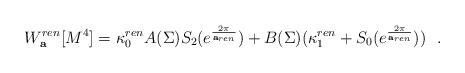
LaTeX: \begin{align*}W_{\bf a}^{ren}[M^4]=\kappa^{ren}_0 A(\Sigma ) S_2(e^{2\pi\over {\bf a}_{ren}})+B(\Sigma )(\kappa_1^{ren}+S_0(e^{2\pi\over {\bf a}_{ren}}))~~.\end{align*}